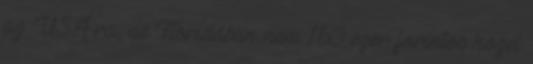
az USÁ-ra, de Floridában nem 150 ezer forintos közel